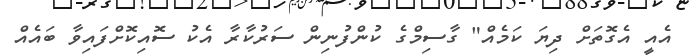
އެއީ އެގޮތަށް ދިޔަ ކަމެއް" ގާސިމްގެ ކުންފުނިން ސަރުކާރާ އެކު ސޮއިކޮށްފައިވާ ބައެއް